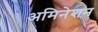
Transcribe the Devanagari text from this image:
अमिनेशन